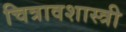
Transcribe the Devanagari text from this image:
चित्रावशास्त्री